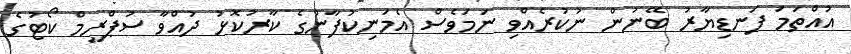
އުއްތަމަ ފަނޑިޔާރު ބޭނުން ނުކުރެއްވި ނަމަވެސް އެމަނިކުފާނުގެ ކާރުކޮޅު ދުއްވާ ސުޕްރީމް ކޯޓުގެ